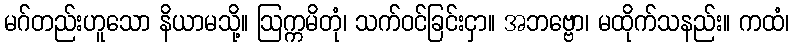
မဂ်တည်းဟူသော နိယာမသို့။ ဩက္ကမိတုံ၊ သက်ဝင်ခြင်းငှာ။ အဘဗ္ဗော၊ မထိုက်သနည်း။ ကထံ၊